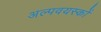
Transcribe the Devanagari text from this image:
अल्पवयस्कों